Annual administration report of the Civil Veterinary Department of India - 1893-1894
Year: 1893
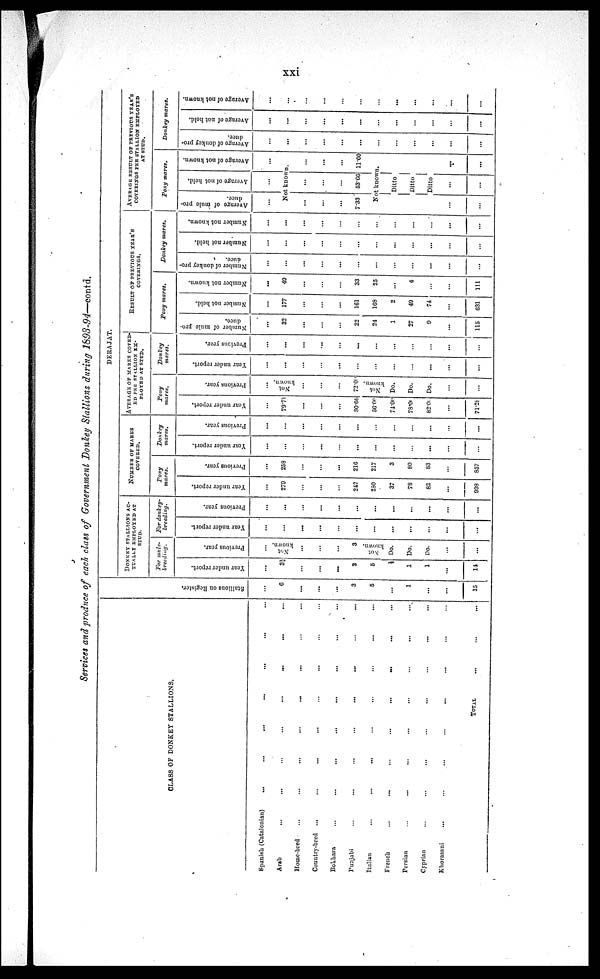
xxi
Services and produce of each class of Government Donkey Stallions during 1893-94—contd.
CLASS OF DONKEY STALLIONS.
Spanish (Catalonian) ... ... ... ... ... ... ...
Arab ... ... ... ... ... ... ... ...
Home-bred ... ... ... ... ... ... ... ...
Country-bred ... ... ... ... ... ... ... ...
Bokhara ... ... ... ... ... ... ... ...
Punjabi ... ... ... ... ... ... ... ...
Italian ... ... ... ... ... ... ... ...
French ... ... ... ... ... ... ... ...
Persian ... ... ... ... ... ... ... ...
Cyprian ... ... ... ... ... ... ... ...
Khorasani ... ... ... ... ... ... ... ...
TOTAL ... ... ...
St al l
i
ons on Regi s t
er .
...
6
...
...
...
3
5
...
1
...
...
15
DERAJAT.
DONKEY STALLIONS AC-
TUALLY EMPLOYED AT
STUD.
For mule-
breeding.
Year under report.
...
3½
...
...
...
3
5
½
1
1
...
14
Previous year.
...
Not
known.
...
...
...
3
Not
known.
Do.
Do.
Do.
...
...
For donkey-
breeding.
Year under report.
...
...
...
...
...
...
...
...
...
...
...
...
Previous year.
...
...
...
...
...
...
...
...
...
...
...
...
NUMBER OF MARES
COVERED.
Pony
mares.
Year under report.
...
279
...
...
...
242
280
37
78
82
...
998
Previous year.
...
258
...
...
...
216
217
3
80
83
...
857
Donkey
mares.
Year under report.
...
...
...
...
...
...
...
...
...
...
...
...
Previous year.
...
...
...
...
...
...
...
...
...
...
...
...
AVERAGE OF MARES
COVERED PER STALLION
EMPLOYED AT STUD.
Pony
mares.
Year under report.
...
79.71
...
...
...
80.66
56.00
74.00
78.00
82.00
...
71.28
Previous year.
...
Not
known.
...
...
...
72.00
Not
known.
Do.
Do.
Do.
...
...
Donkey
mares.
Year under report.
...
...
...
...
...
...
...
...
...
...
...
...
Previous year.
...
...
...
...
...
... ...
...
...
...
...
...
...
RESULT OF PREVIOUS YEAR'S
COVERINGS.
Pony mares.
Number of mule pro-
duce.
...
32
...
...
...
22
24
1
27
9
...
115
Number not held.
...
177
...
...
...
161
168
2
49
74
...
631
Number not known.
...
49
...
...
...
33
25
4
...
111
Donkey mares.
N umber of donkey pro-
duce.
...
...
...
...
...
...
...
...
...
...
...
...
Number not held.
...
...
...
...
...
...
...
......
...
...
...
...
Number not known.
...
...
...
...
...
...
...
...
...
...
...
...
AVERAGE RESULT OF PREVIOUS YEAR'S
COVERINGS PER STALLION EMPLOYED
AT STUD.
Pony mares.
Average of mule pro-
duce.
...
Average of not held.
...
Average of not known.
...
Not known.
...
...
...
7.33
...
...
...
53.66
...
...
...
11.00
Not known.
Ditto
Ditto
Ditto
...
...
...
...
...
...
Donkey mares.
Average of donkey pro-
duce.
...
...
...
...
...
...
...
...
...
...
...
...
Average of not held.
...
...
...
...
...
...
...
...
...
...
...
Average of not known.
...
...
...
...
...
...
...
...
...
...
...
...